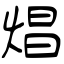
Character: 焻